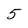
Character: 5